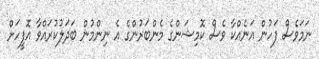
ނަމަވެސް ފަހުން އަނެއްކާ ވެސް ކޮމިޝަންގެ މެންބަރުންގެ އެ ނިންމުން ބަދަލުކުރައްވާ އޮފީހަށް